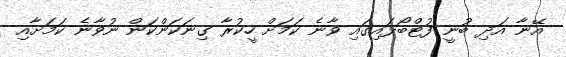
އޭނާ އަދި ބުނީ ފުޓްބޯޅައިގައި ވާނެ ކަމަށް ހީކުރާ ގިނަކަންކަން ނުވާނެ ކަމަށާއި